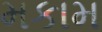
મકામ